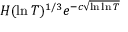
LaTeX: H ( \ln T ) ^ { 1 / 3 } e ^ { - c { \sqrt { \ln \ln T } } }